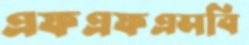
এফএফএসবি